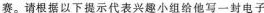
赛。请根据以下提示代表兴趣小组给他写一封电子